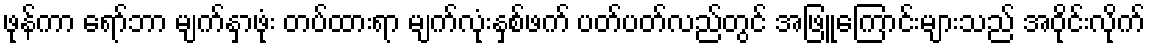
ဖုန်ကာ ရော်ဘာ မျက်နှာဖုံး တပ်ထားရာ မျက်လုံးနှစ်ဖက် ပတ်ပတ်လည်တွင် အဖြူကြောင်းများသည် အဝိုင်းလိုက်